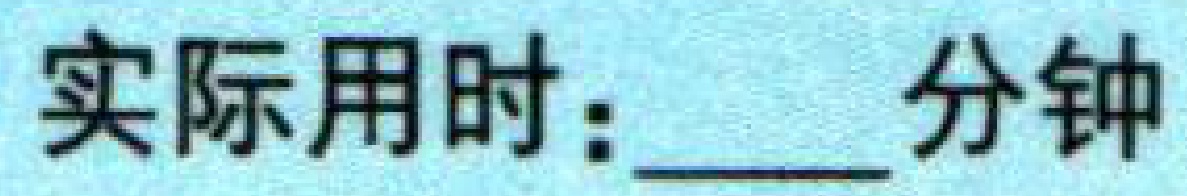
实际用时：\underline{\qquad}分钟